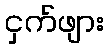
ငှက်ဖျား